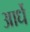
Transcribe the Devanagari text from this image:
आर्धे